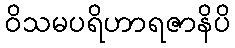
ဝိသမပရိဟာရဇာနိပိ